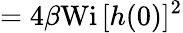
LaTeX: =4\beta\textrm{Wi}\, [h(0)]^{2}